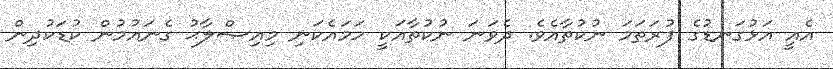
އެއީ އަޅުގަނޑުގެ ފުރަތަމަ ނުކުތާއެވެ. ދެވަނަ ނުކުތާއަކީ ހަމައެކަނި މިއިޞްލާޙު ގެނައުމުން ކުޑަކުދިން